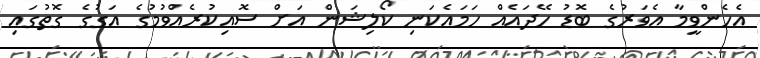
އެހެންވީމާ އެވަރުގެ ބޮޑު ހޭދައެއް ހަމައެކަނި ކޯލިޝަން އަށް ސޮއިކުރެއްވުމުގެ އަގުގެ ގޮތުގައި